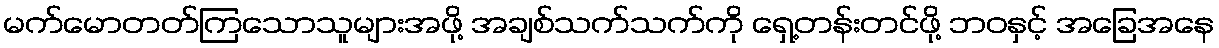
မက်မောတတ်ကြသောသူများအဖို့ အချစ်သက်သက်ကို ရှေ့တန်းတင်ဖို့ ဘဝနှင့် အခြေအနေ